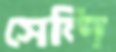
সেন্দি